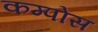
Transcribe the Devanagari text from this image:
कम्पोस